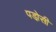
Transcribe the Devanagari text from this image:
पडो़सी